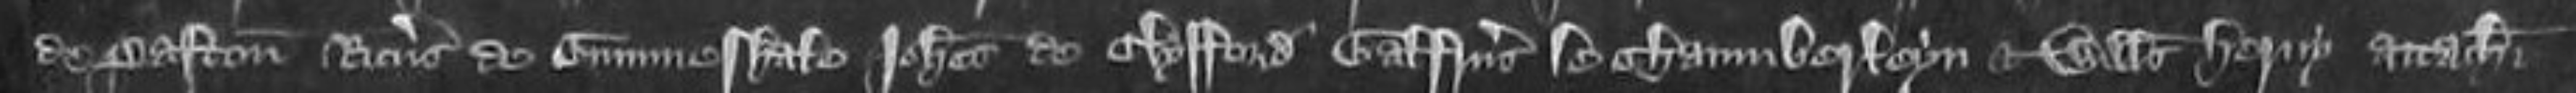
de Paston Ricardus de Gummeshale Johannes de Clyfford Galfridus le Chamberleyn et Willelmus Henry attachiati